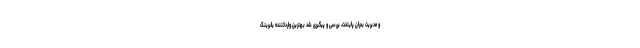
و مدیریت بحران پایتخت، بررسی و پیگیری شد بهترین واردکننده بلبرینگ